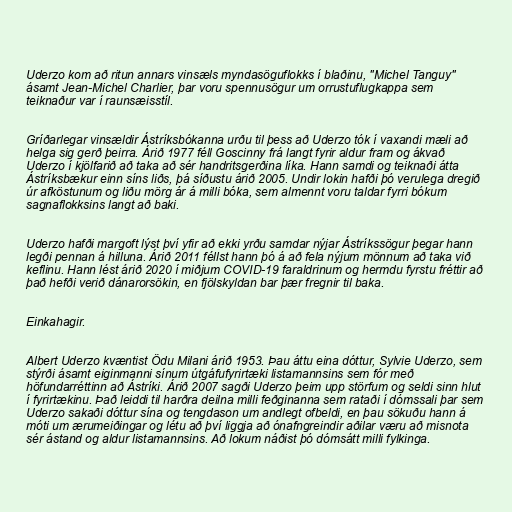
Uderzo kom að ritun annars vinsæls myndasöguflokks í blaðinu, "Michel Tanguy"
ásamt Jean-Michel Charlier, þar voru spennusögur um orrustuflugkappa sem
teiknaður var í raunsæisstíl.

Gríðarlegar vinsældir Ástríksbókanna urðu til þess að Uderzo tók í vaxandi mæli að
helga sig gerð þeirra. Árið 1977 féll Goscinny frá langt fyrir aldur fram og ákvað
Uderzo í kjölfarið að taka að sér handritsgerðina líka. Hann samdi og teiknaði átta
Ástríksbækur einn síns liðs, þá síðustu árið 2005. Undir lokin hafði þó verulega dregið
úr afköstunum og liðu mörg ár á milli bóka, sem almennt voru taldar fyrri bókum
sagnaflokksins langt að baki.

Uderzo hafði margoft lýst því yfir að ekki yrðu samdar nýjar Ástríkssögur þegar hann
legði pennan á hilluna. Árið 2011 féllst hann þó á að fela nýjum mönnum að taka við
keflinu. Hann lést árið 2020 í miðjum COVID-19 faraldrinum og hermdu fyrstu fréttir að
það hefði verið dánarorsökin, en fjölskyldan bar þær fregnir til baka.

Einkahagir.

Albert Uderzo kvæntist Ödu Milani árið 1953. Þau áttu eina dóttur, Sylvie Uderzo, sem
stýrði ásamt eiginmanni sínum útgáfufyrirtæki listamannsins sem fór með
höfundarréttinn að Ástríki. Árið 2007 sagði Uderzo þeim upp störfum og seldi sinn hlut
í fyrirtækinu. Það leiddi til harðra deilna milli feðginanna sem rataði í dómssali þar sem
Uderzo sakaði dóttur sína og tengdason um andlegt ofbeldi, en þau sökuðu hann á
móti um ærumeiðingar og létu að því liggja að ónafngreindir aðilar væru að misnota
sér ástand og aldur listamannsins. Að lokum náðist þó dómsátt milli fylkinga.